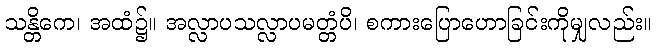
သန္တိကေ၊ အထံ၌။ အလ္လာပသလ္လာပမတ္တံပိ၊ စကားပြောဟောခြင်းကိုမျှလည်း။